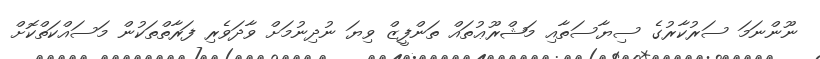
ނޫންނަމަ ސަރުކާރުގެ ސިޔާސަތާއި މަޝްރޫޢުތައް ތަންފީޒް ވިޔަ ނުދިނުމަށް ވާދަވެރި ފަރާތްތަކުން މަސައްކަތްކޮށް